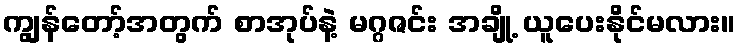
ကျွန်တော့်အတွက် စာအုပ်နဲ့ မဂ္ဂဇင်း အချို့ ယူပေးနိုင်မလား။